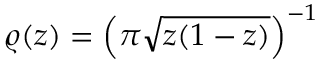
\varrho ( z ) = \left( \pi \sqrt { z ( 1 - z ) } \right) ^ { - 1 }